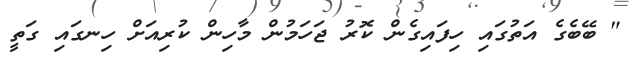
" ބޭބެގެ އަތުގައި ހިފައިގެން ކޮރު ޖަހަމުން މާހިން ކުރިއަށް ހިނގައި ގަތީ